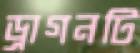
ড্রাগনটি